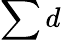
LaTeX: \sum d